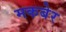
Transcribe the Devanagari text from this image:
मकबेर